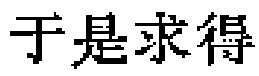
于是求得